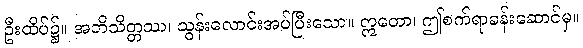
ဦးထိပ်၌။ အဘိသိတ္တဿ၊ သွန်းလောင်းအပ်ပြီးသော။ ဣတော၊ ဤစက်ရာခန်းဆောင်မှ။